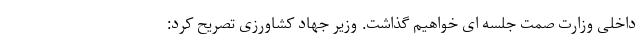
داخلی وزارت صمت جلسه ای خواهیم گذاشت. وزیر جهاد کشاورزی تصریح کرد: